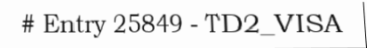
# Entry 25849 - TD2_VISA